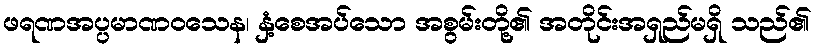
ဖရဏအပ္ပမာဏဝသေန၊ နှံ့စေအပ်သော အစွမ်းတို့၏ အတိုင်းအရှည်မရှိ သည်၏